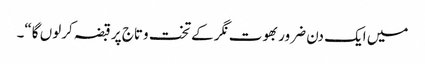
میں ایک دن ضرور بھوت نگر کے تخت وتاج پر قبضہ کرلوں گا“۔